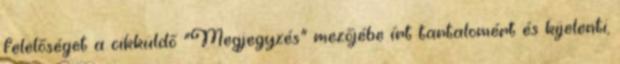
felelőséget a cikküldő "Megjegyzés" mezőjébe írt tartalomért és kijelenti,